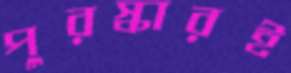
পুরস্কারই